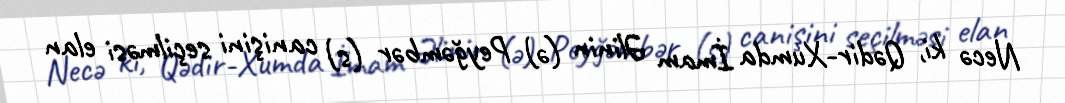
Necə ki, Qədir-Xumda İmam Əlinin (ə) Peyğəmbər (s) canişini seçilməsi elan